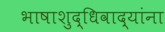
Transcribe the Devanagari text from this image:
भाषाशुद्धिवाद्यांना